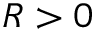
R > 0